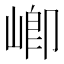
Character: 𭖻